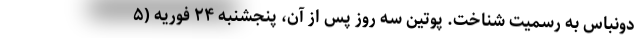
دونباس به رسمیت شناخت. پوتین سه روز پس از آن، پنجشنبه ۲۴ فوریه (۵